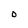
Character: 0